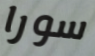
سورا